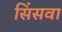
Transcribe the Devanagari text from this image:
सिंसवा